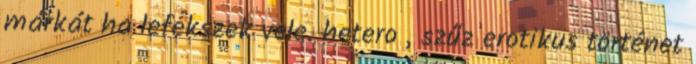
márkát ha lefekszek vele. hetero , szűz erotikus történet